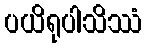
ပယိရုပါသိဿံ